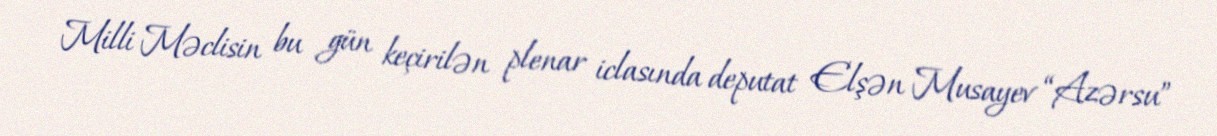
Milli Məclisin bu gün keçirilən plenar iclasında deputat Elşən Musayev “Azərsu”